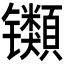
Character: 𫔕